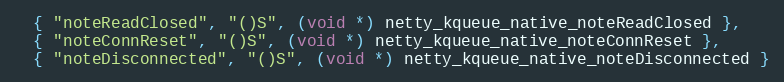
Language: C
  { "noteReadClosed", "()S", (void *) netty_kqueue_native_noteReadClosed },
  { "noteConnReset", "()S", (void *) netty_kqueue_native_noteConnReset },
  { "noteDisconnected", "()S", (void *) netty_kqueue_native_noteDisconnected }